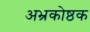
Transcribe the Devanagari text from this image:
अभ्रकोष्ठक